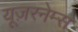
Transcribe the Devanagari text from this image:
यूज़रनेम्स